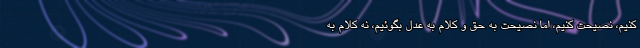
کنیم، نصیحت کنیم، اما نصیحت به حق و کلام به عدل بگوئیم، نه کلام به